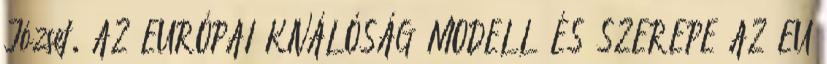
József. AZ EURÓPAI KIVÁLÓSÁG MODELL ÉS SZEREPE AZ EU